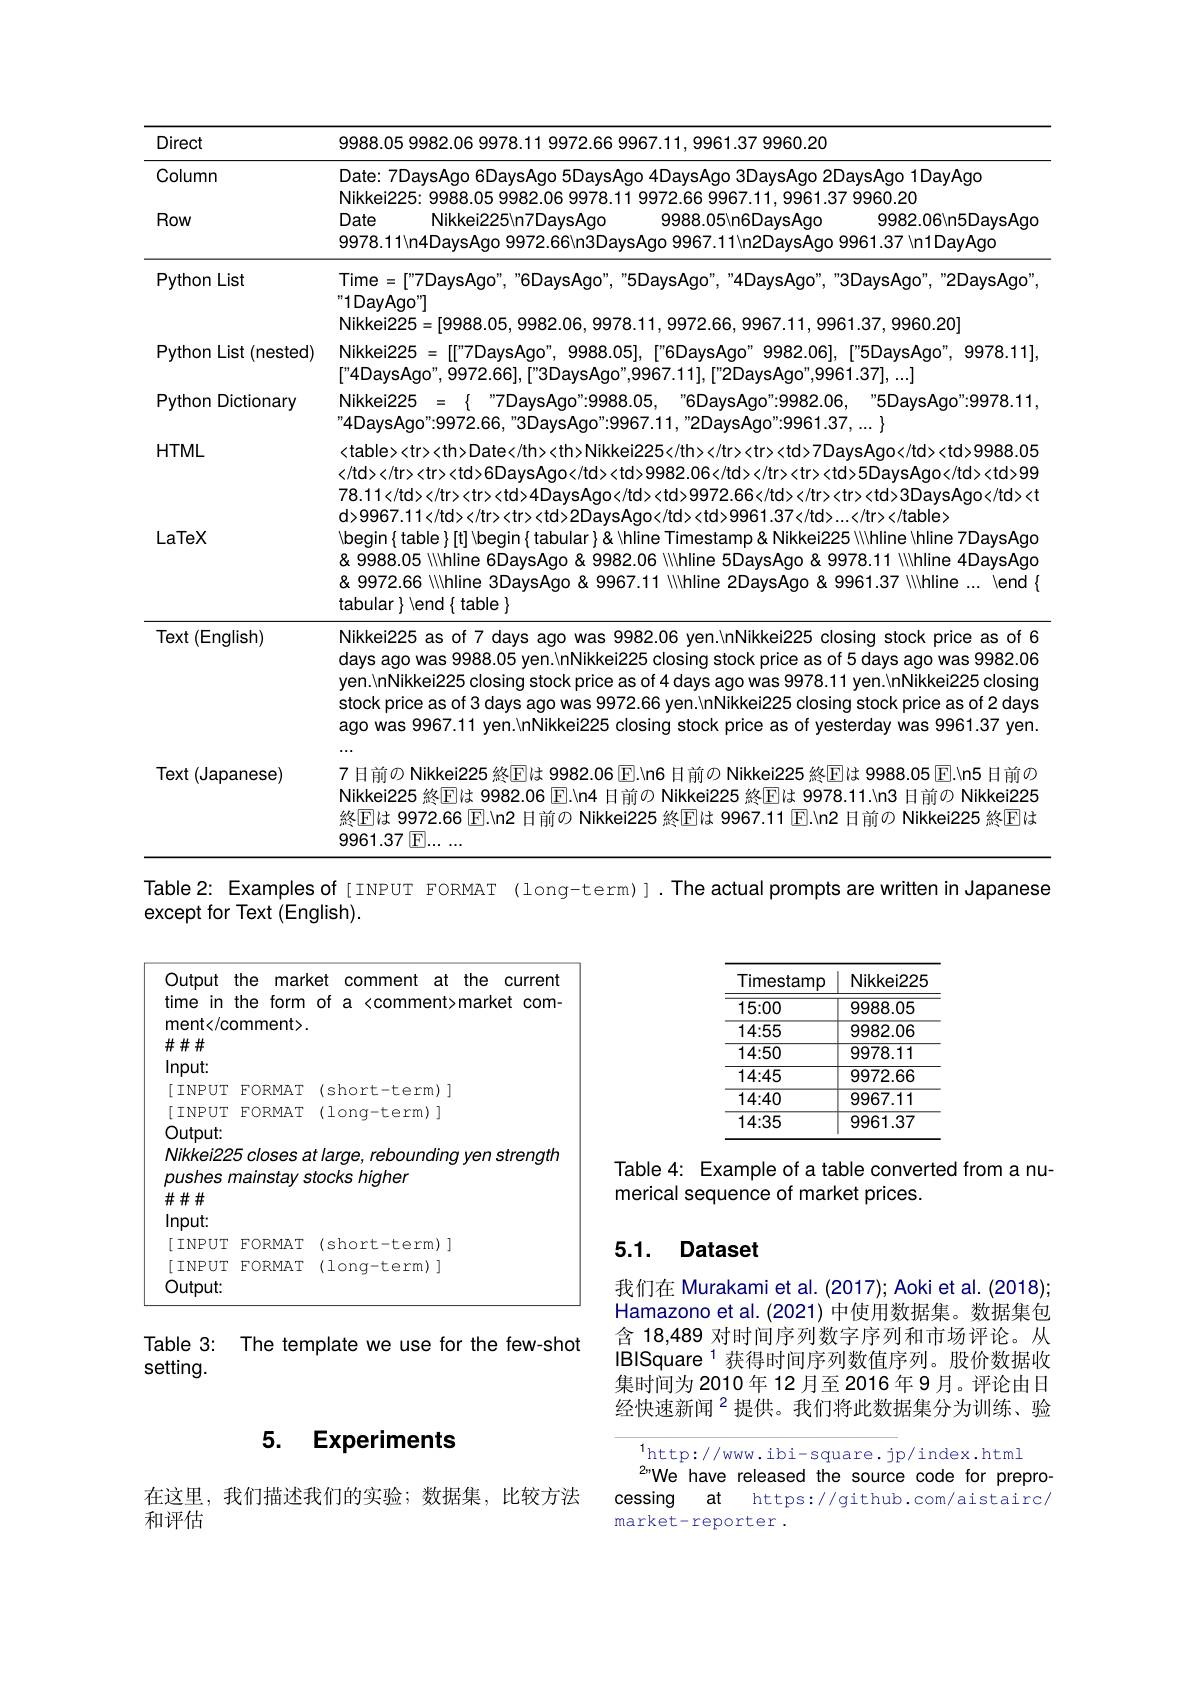
<table>
	<tbody>
		<tr>
			<th>Direct</th>
			<th>9988.05 9982.06 9978.11 9972.66 9967.11, 9961.37 9960.20</th>
		</tr>
		<tr>
			<td>Column Row</td>
			<td>Date: 7DaysAgo 6DaysAgo 5DaysAgo 4DaysAgo 3DaysAgo 2DaysAgo 1DayAgo Nikkei225: 9988.05 9982.06 9978.11 9972.66 9967.11, 9961.37 9960.20 Date Nikkei225\n7DaysAgo 9988.05\n6DaysAgo $9982.06\backslash$n5DaysAgo 9978.11\n4DaysAgo 9972.66\c{N}n3DaysAgo 9967.11\n2DaysAgo 9961.37\c{N}n1DayAgo</td>
		</tr>
		<tr>
			<td>Python List</td>
			<td>Time $=["7$DaysAgo", "6DaysAgo", "5DaysAgo", "4DaysAgo", "3DaysAgo", "2DaysAgo" "1DayAgo"] Nikkei225=[ 37.9960.201</td>
		</tr>
		<tr>
			<td>Python List (nested)</td>
			<td>$Nikkei225 = [["7$DaysAgo", 9988.05], 4DavsAnn" 9972 661 $16UaVSAq0$ 11 1 9982.061. \"5DavsAqo".9978.11</td>
		</tr>
		<tr>
			<td>Python Dictionary</td>
			<td>Nikkei225 = $\{$ $” 7$DaysAgo":9988.05 6DavsAqo":9982.06 4DavsAao"9972.66. $2ma$ 161 2 5DaysAgo":9978.1</td>
		</tr>
		<tr>
			<td>HTML</td>
			<td><table><tr><th>Date</th><th> </td></tr><tr><td>6DaysAgo</tc $982.06</td></tr><tr><$ $0</td><td>99$ $<td>9988.05$ 78.11</td></tr><tr><td>4DaysAq $|><td>9972.66</td></tr><tr><$ $1>3DaysAgo</td><$</td>
		</tr>
		<tr>
			<td>LaTeX</td>
			<td>JaysAyu</lo $78.11</td></tr><tr><td>4DaysAgo</td><td>9972.66</td></tr><tr><td>3DaysAgo</td><t$ d>9967.11</td></tr><tr><td>2DaysAgo</td><td>9961.37</td>...</tr></table> Vinegin{ table}[t] Vbegin{ tabular}& Vhline Timestamp& Nikkei225 Vhline Vhline Vhline 7DaysAga & 9988.05 IIhline 6DaysAgo &9982.06 IIhline 5DaysAgo &9978.11 \"Nhline 4DaysAga & 9972.66 Nihline 3DaysAgo & 9967.11 NIhline 2DaysAgo & 9961.37 \"\" Nhline ... \"end tabular $\}\backslash$end$\{$ table $\}$</td>
		</tr>
		<tr>
			<td>Text (English)</td>
			<td>Nikkei225 as of 7 days ago was 9982.06 yen.\nNikkei225 closing stock price as of 6 days ago was 9988.05 yen.\nNikkei225 closing stock price as of 5 days ago was 9982.06 yen.\nNikkei225 closing stock price as of 4 days ago was 9978.11 yen.\nNikkei225 closing stock price as of 3 days ago was 9972.66 yen.\nNikkei225 closing stock price as of 2 days ago was 9967.11 yen.\nnNikkei225 closing stock price as of yesterday was 9961.37 yen $\cdots$</td>
		</tr>
		<tr>
			<td>Text (Japanese)</td>
			<td>7日前の Nikkei225 終$\boxed{\mathrm{F}}$は 9982.06 E.In6 日前の Nikkei225 終$\boxed{\mathrm{F}}$は 9988.05 E.\n5 日前の Nikkei225 終回は 9982.06 E.Nn4 日前の Nikkei225 終$\boxed{\mathrm{F}}$は 9978.11.\n3 日前の Nikkei225 終Elは 9972.66 [E].In2 日前の Nikkei225 終[E]は 9967.11 El.Vn2 日前の Nikkei225 終[E]は $9961.37\sqrt{\mathrm{F}}.$</td>
		</tr>
	</tbody>
</table>
Table 2: Examples of [INPUT FORMAT (long-term)].The actual prompts are written in Japanese

except for Text (English).

<FigureHere>

<table>
	<tbody>
		<tr>
			<td>Output the mark</td>
			<td>the marke</td>
			<td>$C$</td>
			<td>the comment at current</td>
		</tr>
		<tr>
			<td>$\#\#\#$</td>
			<td> </td>
			<td> </td>
			<td> </td>
		</tr>
		<tr>
			<td>$Input:$</td>
			<td> </td>
			<td> </td>
			<td> </td>
		</tr>
		<tr>
			<td>[INPUT FORMAT</td>
			<td>FORMAT</td>
			<td>shc</td>
			<td>ort- term) </td>
		</tr>
		<tr>
			<td>$\#\#\#$</td>
			<td> </td>
			<td> </td>
			<td> </td>
		</tr>
		<tr>
			<td>$Input:$</td>
			<td> </td>
			<td> </td>
			<td> </td>
		</tr>
		<tr>
			<td>[INPUT FORMAT</td>
			<td>FORMAT</td>
			<td>shc</td>
			<td>ort- term) </td>
		</tr>
		<tr>
			<td>[INPUT FORMAT Output:</td>
			<td>FORMAT</td>
			<td>lor</td>
			<td>ng-term)]</td>
		</tr>
	</tbody>
</table>

Table 4: Example of a table converted from a nu-
merical sequence of market prices.

## 5.1. Dataset

我们在 Murakami et al. (2017); Aoki et al. (2018); Hamazono et al.(2021) 中使用数据集。数据集包含 18,489 对时间序列数字序列和市场评论。从IBISquare $^{1}$获得时间序列数值序列。股价数据收集时间为2010年12月至2016年9月。评论由日经快速新闻$^{2}$提供。我们将此数据集分为训练、验

Table 3: The template we use for the few-shot
setting.

### 5. Experiments

$^{1}$http://www.ibi-square.jp/index.html
2"We have released the source code for preprocessing  at  https://github.com/aistairc/ market-reporter .

在这里，我们描述我们的实验；数据集，比较方法
和评估